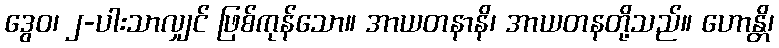
ဒွေဝ၊ ၂-ပါးသာလျှင် ဖြစ်ကုန်သော။ အာယတနာနိ၊ အာယတနတို့သည်။ ဟောန္တိ၊